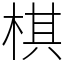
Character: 棋